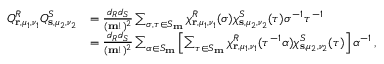
\begin{array} { r l } { Q _ { \mathbf { r } , \mu _ { 1 } , \nu _ { 1 } } ^ { R } Q _ { \mathbf { s } , \mu _ { 2 } , \nu _ { 2 } } ^ { S } } & { = \frac { d _ { R } d _ { S } } { ( \mathbf { m } ! ) ^ { 2 } } \sum _ { \sigma , \tau \in S _ { \mathbf { m } } } \chi _ { \mathbf { r } , \mu _ { 1 } , \nu _ { 1 } } ^ { R } ( \sigma ) \chi _ { \mathbf { s } , \mu _ { 2 } , \nu _ { 2 } } ^ { S } ( \tau ) \sigma ^ { - 1 } \tau ^ { - 1 } } \\ & { = \frac { d _ { R } d _ { S } } { ( \mathbf { m } ! ) ^ { 2 } } \sum _ { \alpha \in S _ { \mathbf { m } } } \left[ \sum _ { \tau \in S _ { \mathbf { m } } } \chi _ { \mathbf { r } , \mu _ { 1 } , \nu _ { 1 } } ^ { R } ( \tau ^ { - 1 } \alpha ) \chi _ { \mathbf { s } , \mu _ { 2 } , \nu _ { 2 } } ^ { S } ( \tau ) \right] \alpha ^ { - 1 } \, , } \end{array}